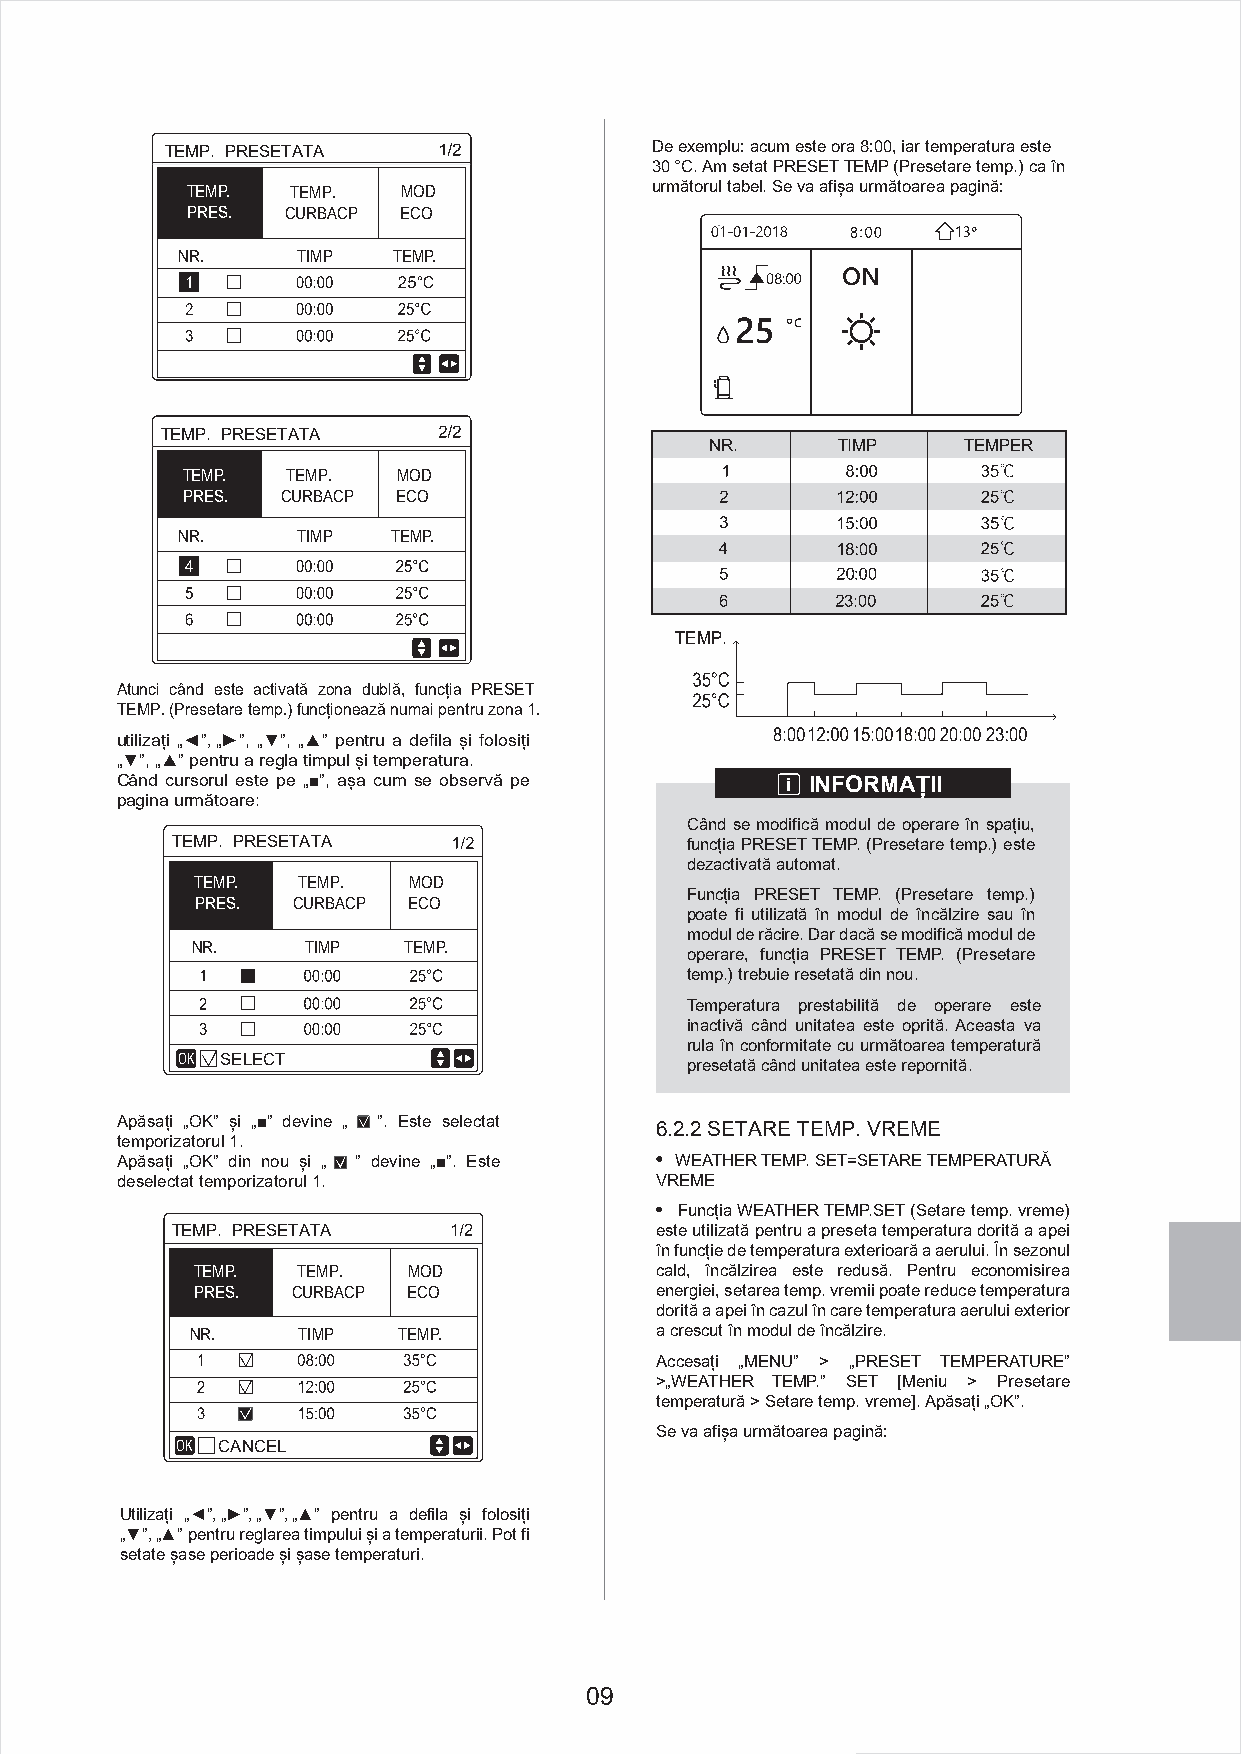
TEMP. PRESETATA                 De exemplu: acum este ora 8:00, iar temperatura este
 30 °C. Am setat PRESET TEMP (Presetare temp.) ca în
 TEMP.  TEMP.   MMOODD          următorul tabel. Se va afișa următoarea pagină:
 PRES.  CURBACP ECO
 NR.     TIMP  TEMP.
 TEMP. PRESETATA
 NR.     TIMP     TEMPER
 TEMP.  TEMP.  MOD
 PRES.  CURBACP ECO
 NR.     TIMP  TEMP.
 TEMP.
 Atunci când este activată zona dublă, funcția PRESET
 TEMP. (Presetare temp.) funcționează numai pentru zona 1.
 utilizați „◄”,„►”, „▼”, „▲” pentru a defila și folosiți
 „▼”, „▲” pentru a regla timpul și temperatura.
 Când cursorul este pe „■”, așa cum se observă pe i INFORMAȚII
 pagina următoare:
 Când se modifică modul de operare în spațiu,
 TEMP. PRESETATA                   funcția PRESET TEMP. (Presetare temp.) este
 dezactivată automat.
 TEMP.  TEMP.  MOD
 Funcția PRESET TEMP. (Presetare temp.)
 PRES. CURBACP ECO
 poate fi utilizată în modul de încălzire sau în
 modul de răcire. Dar dacă se modifică modul de
 NR.    TIMP   TEMP.
 operare, funcția PRESET TEMP. (Presetare
 temp.) trebuie resetată din nou.
 Temperatura prestabilită de operare este
 inactivă când unitatea este oprită. Aceasta va
 rula în conformitate cu următoarea temperatură
 OK SELECT                        presetată când unitatea este repornită.
 Apăsați „OK” și „■” devine „ ”. Este selectat 6.2.2 SETARE TEMP. VREME
 temporizatorul 1.
 Apăsați „OK” din nou și „ ” devine „■”. Este WEATHER TEMP. SET=SETARE TEMPERATURĂ
 deselectat temporizatorul 1.       VREME
 Funcția WEATHER TEMP.SET (Setare temp. vreme)
 TEMP. PRESETATA                 este utilizată pentru a preseta temperatura dorită a apei
 în funcție de temperatura exterioară a aerului. În sezonul
 TEMP.  TEMP.  MOD             cald, încălzirea este redusă. Pentru economisirea
 PRES. CURBACP ECO             energiei, setarea temp. vremii poate reduce temperatura
 dorită a apei în cazul în care temperatura aerului exterior
 NR.    TIMP  TEMP.            a crescut în modul de încălzire.
 Accesați „MENU” > „PRESET TEMPERATURE”
 >„WEATHER TEMP.” SET [Meniu > Presetare
 temperatură > Setare temp. vreme]. Apăsați „OK”.
 Se va afișa următoarea pagină:
 OK CANCEL
 Utilizați „◄”,„►”,„▼”,„▲” pentru a defila și folosiți
 „▼”,„▲” pentru reglarea timpului și a temperaturii. Pot fi
 setate șase perioade și șase temperaturi.